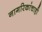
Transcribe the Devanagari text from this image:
नागरिकांचाही